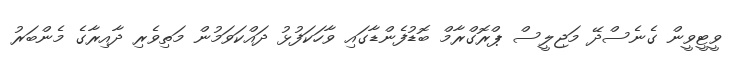
ވީޓީވީން ގެނެސްދޭ މަޖިލީސް ޕްރޮގްރާމް ބޮޑުފެންޑާގައި ވާހަކަފުޅު ދައްކަވަމުން މަތިވެރި ދާއިރާގެ މެންބަރު